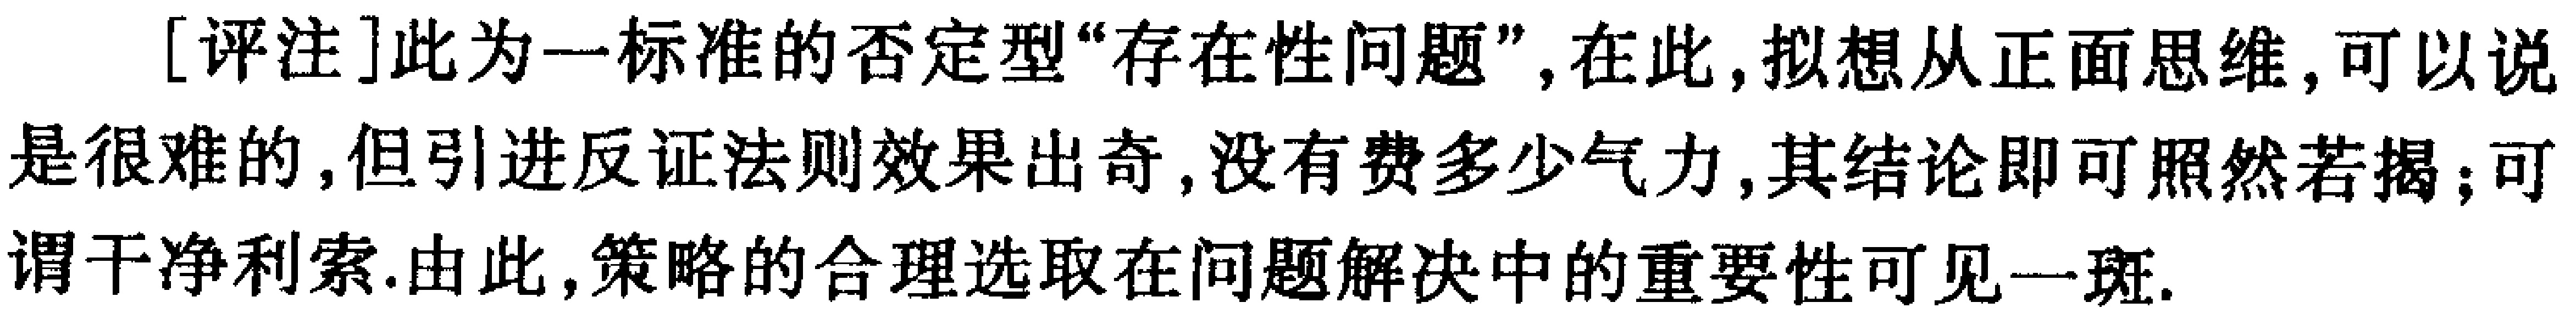
[评注]此为一标准的否定型“存在性问题”, 在此, 拟想从正面思维, 可以说是很难的, 但引进反证法则效果出奇, 没有费多少气力, 其结论即可昭然若揭, 可谓干净利索. 由此, 策略的合理选取在问题解决中的重要性可见一斑.